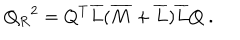
Q _ { R } { } ^ { 2 } = Q ^ { T } \overline { { { L } } } ( \overline { { { M } } } + \overline { { { L } } } ) \overline { { { L } } } Q \ .